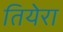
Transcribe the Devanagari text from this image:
तियेरा